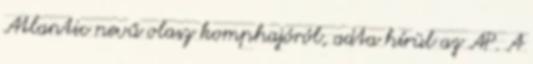
Atlantic nevű olasz komphajóról, adta hírül az AP. A